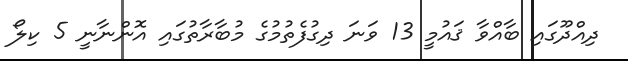
ދިއްދޫގައި ބާއްވާ ޤައުމީ 13 ވަނަ ދިގުފެތުމުގެ މުބާރާތުގައި އޮންނާނީ 5 ކިލޯ